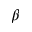
\beta